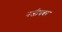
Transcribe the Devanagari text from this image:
नजीबवर